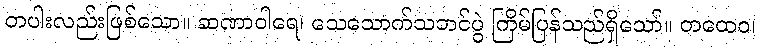
တပါးလည်းဖြစ်သော။ ဆဏာဝါရေ၊ သေသောက်သဘင်ပွဲ ကြိမ်ပြန်သည်ရှိသော်။ တထေဝ၊